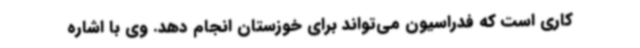
کاری است که فدراسیون می‌تواند برای خوزستان انجام دهد. وی با اشاره